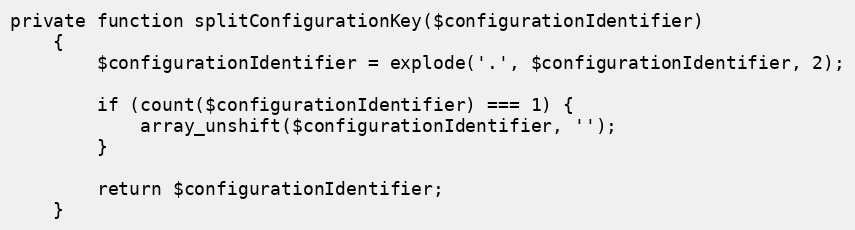
Language: PHP
private function splitConfigurationKey($configurationIdentifier)
    {
        $configurationIdentifier = explode('.', $configurationIdentifier, 2);

        if (count($configurationIdentifier) === 1) {
            array_unshift($configurationIdentifier, '');
        }

        return $configurationIdentifier;
    }